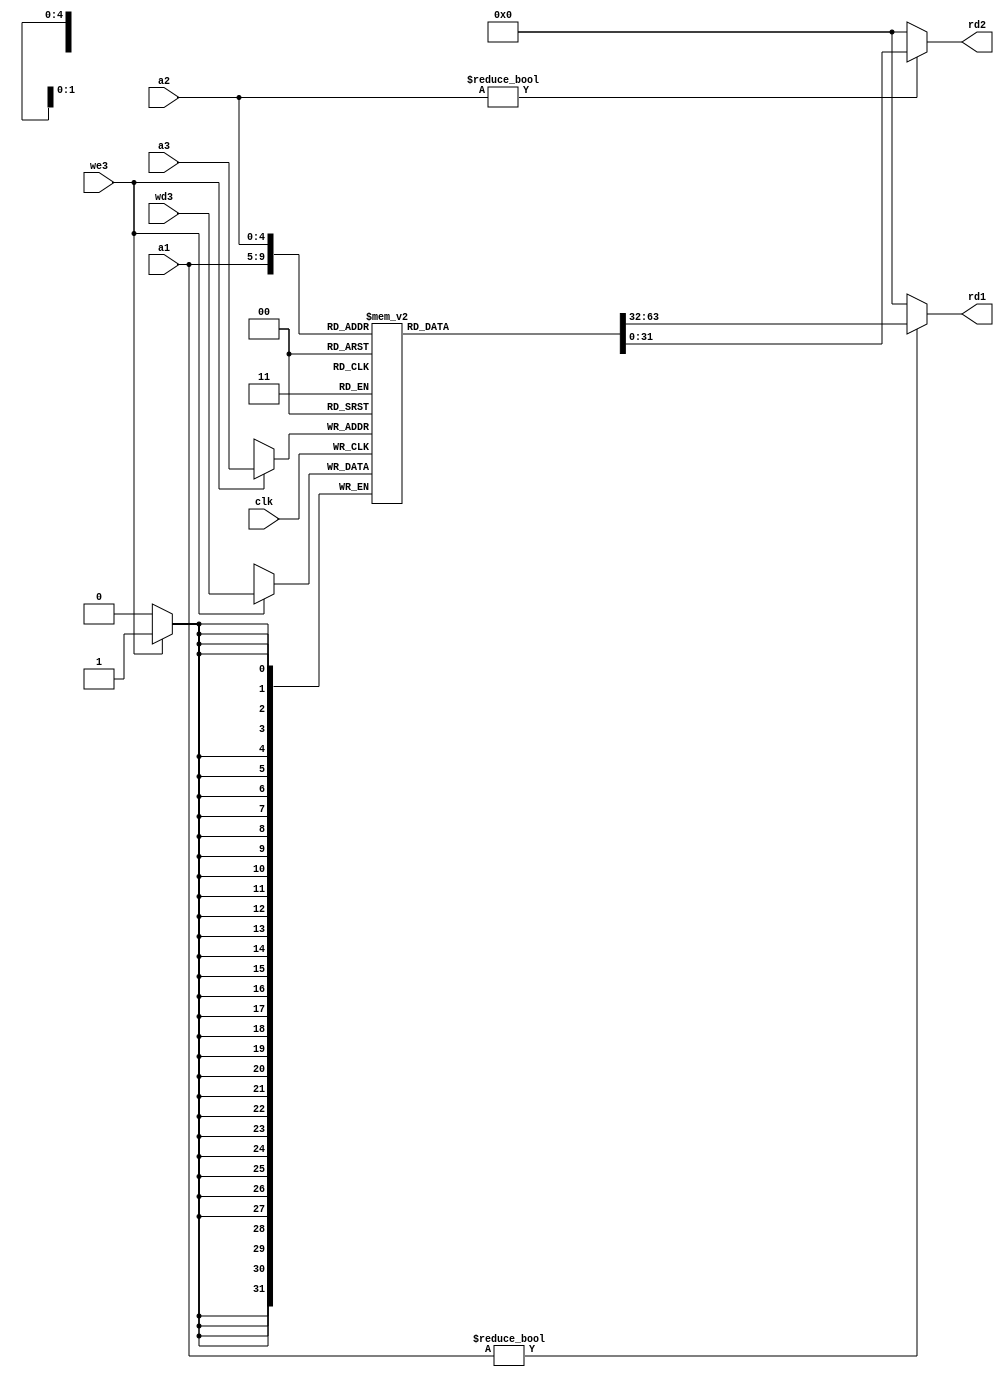
module regfile(
	input  clk,
	input  we3,
	input  [ 4:0] a1, a2, a3,
	input  [31:0] wd3,
	output  [31:0] rd1, rd2);


	reg [31:0] rf[31:0];
	// three ported register file
	// read two ports combinationally (A1/RD1, A2/RD2)
	// write third port on rising edge of clock (A3/WD3/WE3)
	// register 0 hardwired to 0
	always @(posedge clk) begin 
		if (we3) 
			rf[a3] <= wd3;
	end

	assign rd1 = (a1 != 0) ? rf[a1] : 0;
	assign rd2 = (a2 != 0) ? rf[a2] : 0;
endmodule